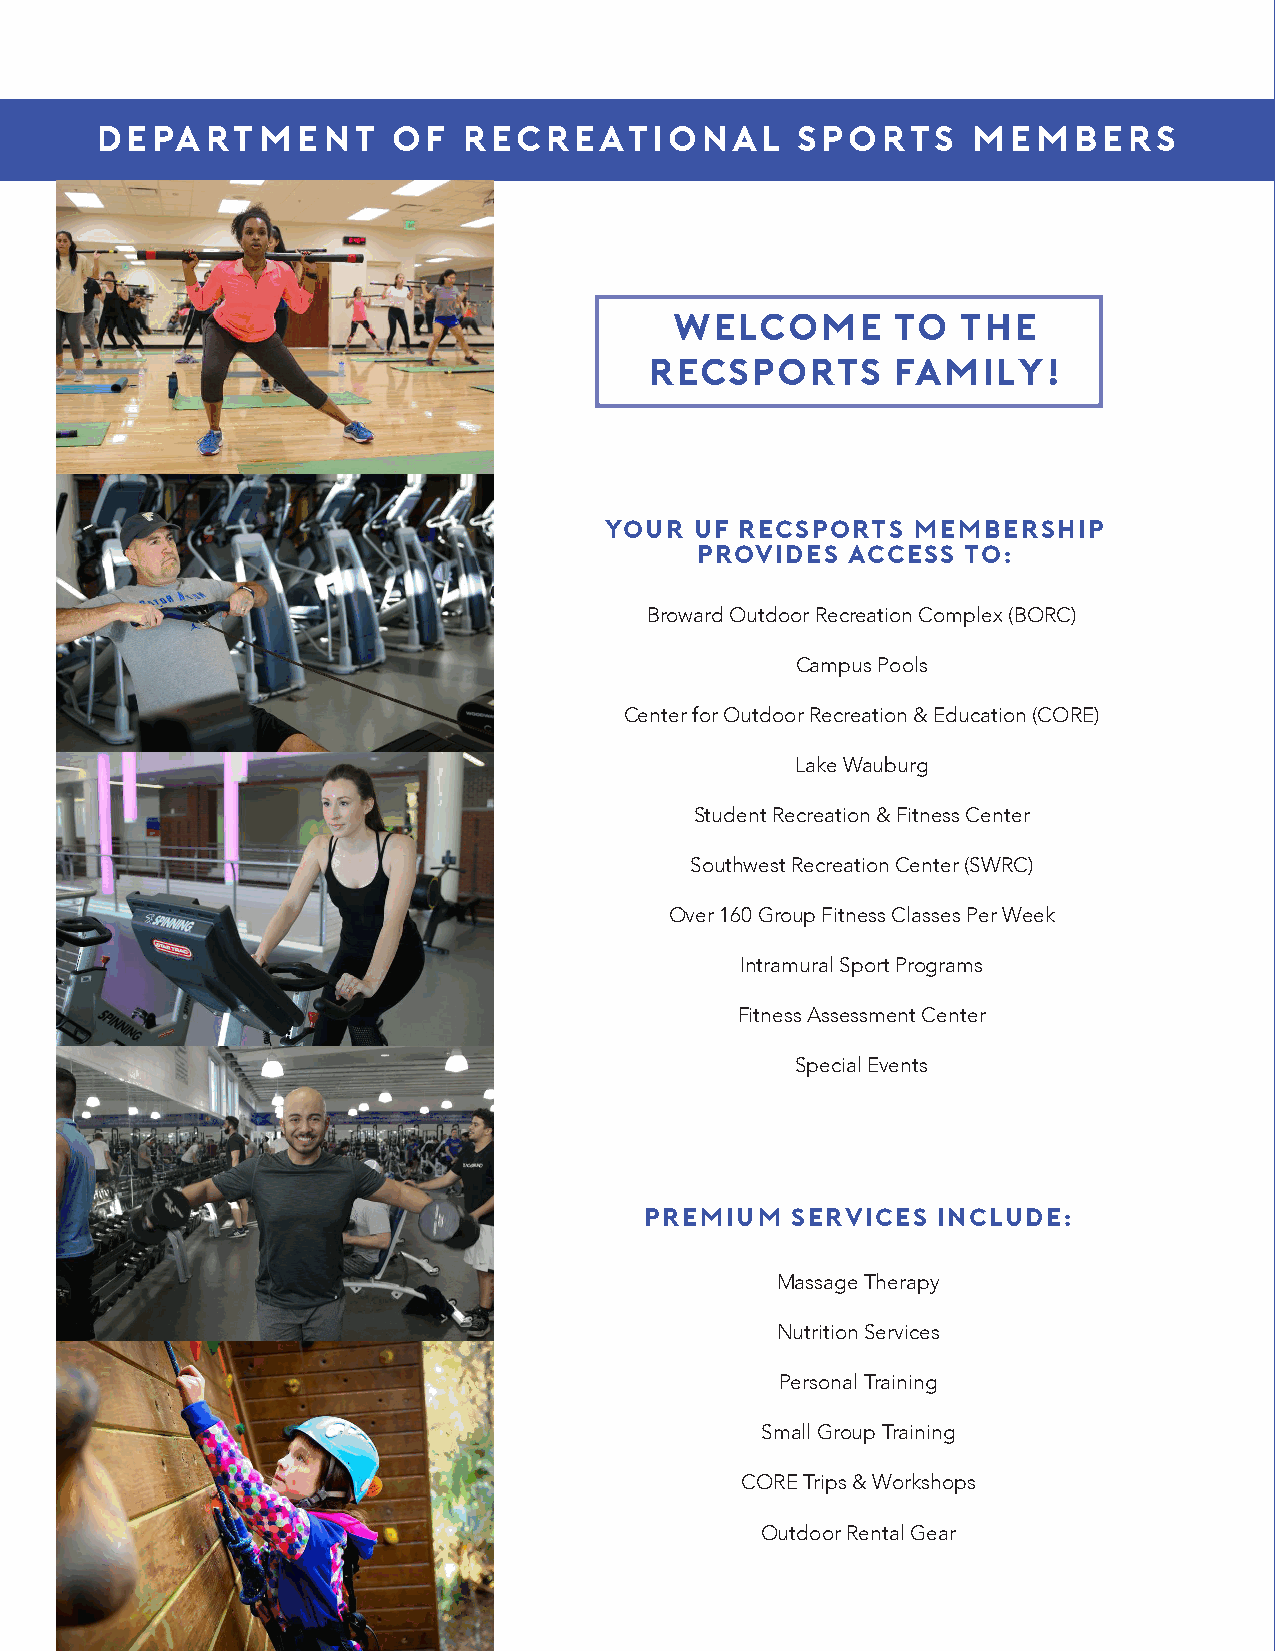
DEPARTMENT          OF   RE CREATIONAL         SPORTS     MEMBER       S
 welcome       to  the
 recsports       family
 !
 Your  UF Recsports  Membership
 Provides  Access  To:
 Broward Outdoor Recreation Complex (BORC)
 Campus Pools
 Center for Outdoor Recreation & Education (CORE)
 Lake Wauburg
 Student Recreation & Fitness Center
 Southwest Recreation Center (SWRC)
 Over 160 Group Fitness Classes Per Week
 Intramural Sport Programs
 Fitness Assessment Center
 Special Events
 Premium  Services  Include:
 Massage Therapy
 Nutrition Services
 Personal Training
 Small Group Training
 CORE Trips & Workshops
 Outdoor Rental Gear